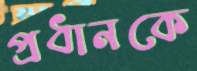
প্রধানকে